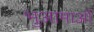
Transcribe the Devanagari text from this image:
भुआमाओं